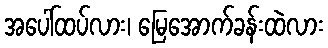
အပေါ်ထပ်လား၊ မြေအောက်ခန်းထဲလား